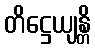
တိဋ္ဌေယျန္တိ